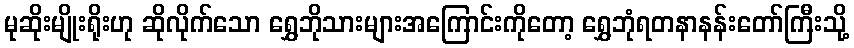
မုဆိုးမျိုးရိုးဟု ဆိုလိုက်သော ရွှေဘိုသားများအကြောင်းကိုတော့ ရွှေဘုံရတနာနန်းတော်ကြီးသို့